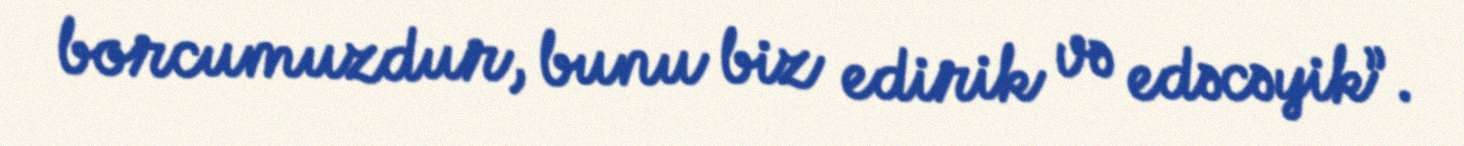
borcumuzdur, bunu biz edirik və edəcəyik”.